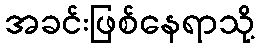
အခင်းဖြစ်နေရာသို့